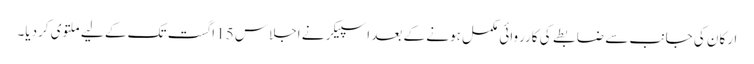
ارکان کی جانب سے ضابطے کی کارروائی مکمل ہونے کے بعد اسپیکر نے اجلاس 15 اگست تک کے لیے ملتوی کردیا۔